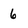
Character: 6